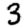
Digit: 3